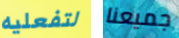
لتفعليه جميعنا